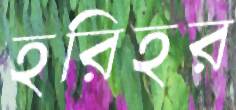
হরিহর